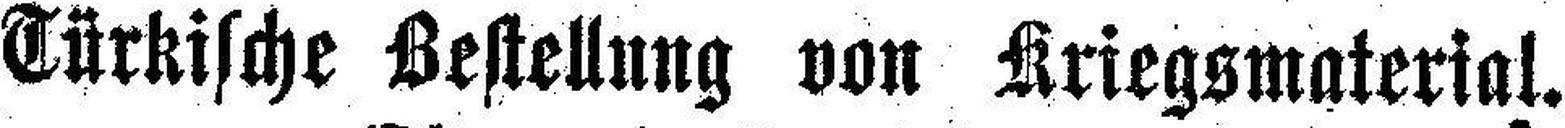
Türkische Bestellung von Kriegsmaterial.